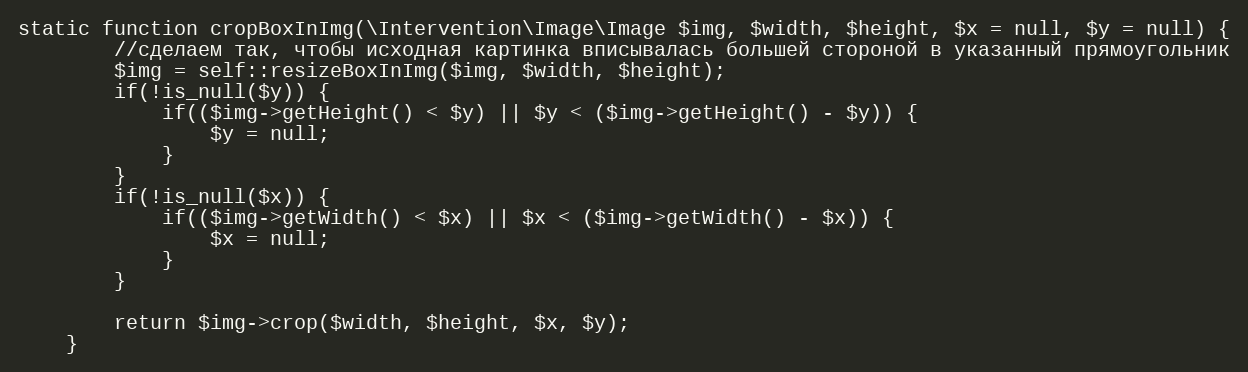
Language: PHP
static function cropBoxInImg(\Intervention\Image\Image $img, $width, $height, $x = null, $y = null) {
        //сделаем так, чтобы исходная картинка вписывалась большей стороной в указанный прямоугольник
        $img = self::resizeBoxInImg($img, $width, $height);
        if(!is_null($y)) {
            if(($img->getHeight() < $y) || $y < ($img->getHeight() - $y)) {
                $y = null;
            }
        }
        if(!is_null($x)) {
            if(($img->getWidth() < $x) || $x < ($img->getWidth() - $x)) {
                $x = null;
            }
        }

        return $img->crop($width, $height, $x, $y);
    }